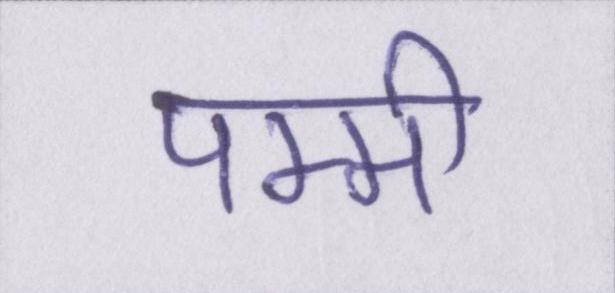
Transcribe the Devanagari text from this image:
पम्मी